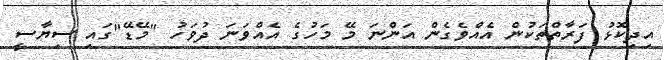
އިދިކޮޅު ފަރާތްތަކުން އެއްވެގެން އަންނަ މޭ މަހުގެ އެއްވަނަ ދުވަހު "މޭޑޭ"ގައި ސިޔާސީ